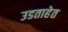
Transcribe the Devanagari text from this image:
उडताहेत